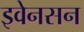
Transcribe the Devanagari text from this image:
इवेनसन